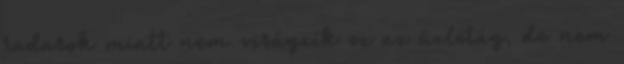
radarok miatt nem virágzik ez az üzletág, de nem